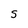
Character: S